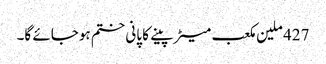
427 ملین مکعب میٹر پینے کا پانی ختم ہوجائے گا۔